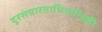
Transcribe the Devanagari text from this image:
दूरसंचारताभियान्त्रिकी